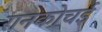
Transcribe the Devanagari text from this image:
रानकोचई